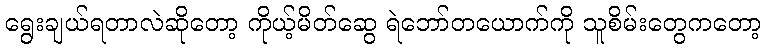
ရွေးချယ်ရတာလဲဆိုတော့ ကိုယ့်မိတ်ဆွေ ရဲဘော်တယောက်ကို သူစိမ်းတွေကတော့